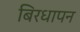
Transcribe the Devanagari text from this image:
बिरधापन